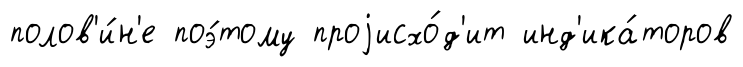
полов'и́н'е поэ́тому проjисхо́д'ит инд'ика́торов